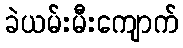
ခဲယမ်းမီးကျောက်